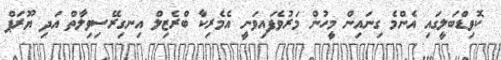
ކޮވިޑްބަލީގައި އެންމެ ގިނައިން މީހުން މަރުވެފައިވަނީ އެމެރިކާ ބްރެޒިލް އިނގިރޭސިވިލާތް އަދި ޔޫރަޕް